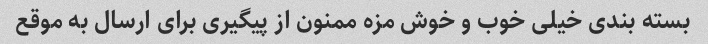
بسته بندی خیلی خوب و خوش مزه ممنون از پیگیری برای ارسال به موقع